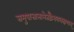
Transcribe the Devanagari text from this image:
समुपात्तानामेतद्वैभवलक्षणम्